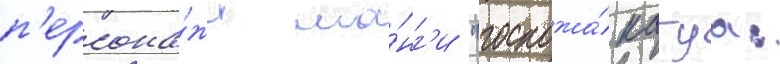
п'ерсона́жи ма́нг'и "госпожа́ кагуа: